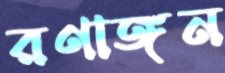
রণাঙ্গন